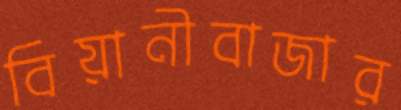
বিয়ানীবাজার